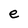
Character: e